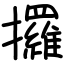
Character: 攞